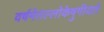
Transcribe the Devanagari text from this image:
वर्षमेतल्लोकेषुगीयते